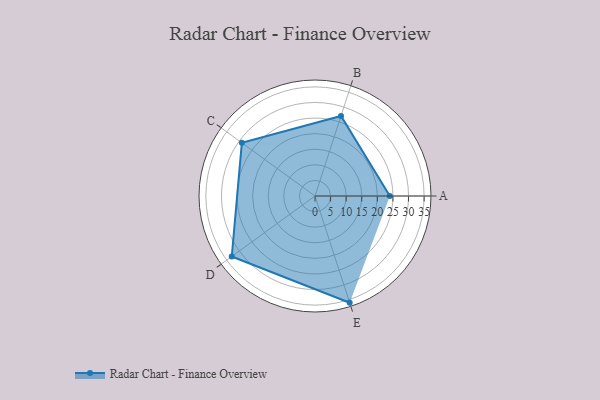
{"axis": {"x": "Skill", "y": "Score"}, "legend": ["Profile"], "data": [{"x": "A", "y": 24.0, "type": "Profile"}, {"x": "B", "y": 27.0, "type": "Profile"}, {"x": "C", "y": 29.0, "type": "Profile"}, {"x": "D", "y": 33.0, "type": "Profile"}, {"x": "E", "y": 36.0, "type": "Profile"}]}